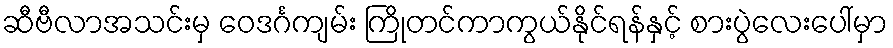
ဆီဗီလာအသင်းမှ ဝေဒင်္ဂကျမ်း ကြိုတင်ကာကွယ်နိုင်ရန်နှင့် စားပွဲလေးပေါ်မှာ